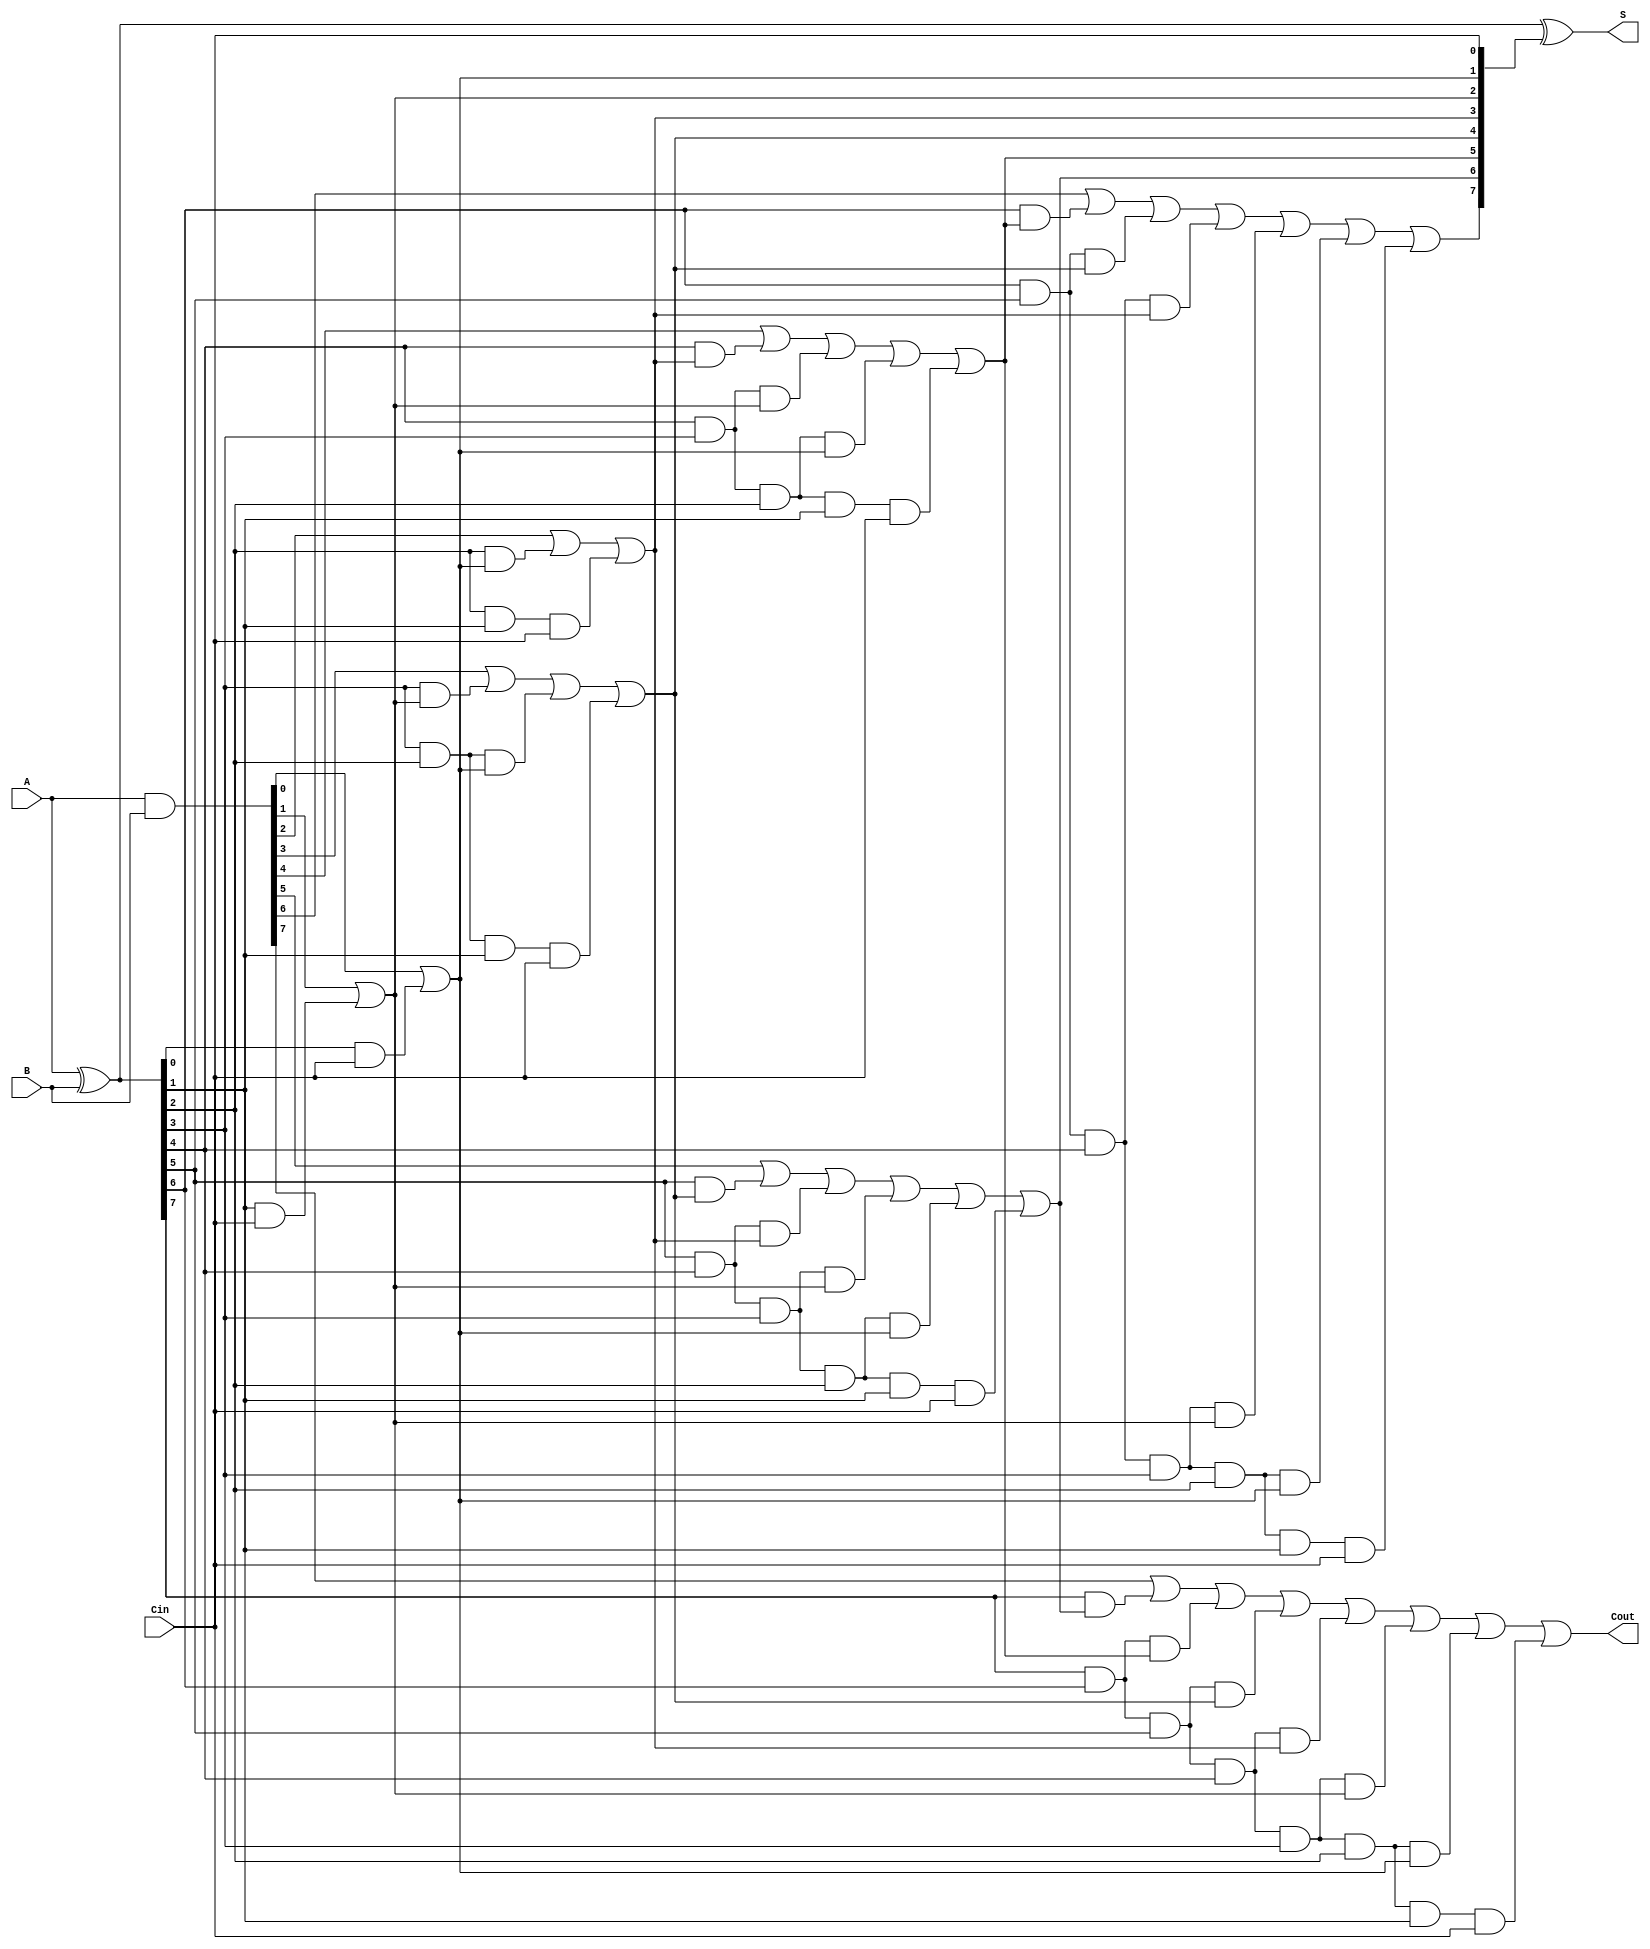
module BrentKungAdder #(parameter N = 8) (
    input [N-1:0] A,      // First n-bit input
    input [N-1:0] B,      // Second n-bit input
    input Cin,            // Carry input
    output [N-1:0] S,     // n-bit sum output
    output Cout           // Carry output
);

    // Generate and Propagate signals
    wire [N-1:0] G; // Generate signal
    wire [N-1:0] P; // Propagate signal
    assign G = A & B; // Generate
    assign P = A ^ B; // Propagate

    // Carry signals
    wire [N:0] C; // Carry bits (C[0] = Cin)

    // Stage 0
    assign C[0] = Cin;

    // Level 1
    assign C[1] = G[0] | (P[0] & C[0]);
    assign C[2] = G[1] | (P[1] & C[0]);
    assign C[3] = G[2] | (P[2] & C[1]) | (P[2] & P[1] & C[0]);
    assign C[4] = G[3] | (P[3] & C[2]) | (P[3] & P[2] & C[1]) | (P[3] & P[2] & P[1] & C[0]);
    assign C[5] = G[4] | (P[4] & C[3]) | (P[4] & P[3] & C[2]) | (P[4] & P[3] & P[2] & C[1]) | (P[4] & P[3] & P[2] & P[1] & C[0]);
    assign C[6] = G[5] | (P[5] & C[4]) | (P[5] & P[4] & C[3]) | (P[5] & P[4] & P[3] & C[2]) | (P[5] & P[4] & P[3] & P[2] & C[1]) | (P[5] & P[4] & P[3] & P[2] & P[1] & C[0]);
    assign C[7] = G[6] | (P[6] & C[5]) | (P[6] & P[5] & C[4]) | (P[6] & P[5] & P[4] & C[3]) | (P[6] & P[5] & P[4] & P[3] & C[2]) | (P[6] & P[5] & P[4] & P[3] & P[2] & C[1]) | (P[6] & P[5] & P[4] & P[3] & P[2] & P[1] & C[0]);
    assign C[8] = G[7] | (P[7] & C[6]) | (P[7] & P[6] & C[5]) | (P[7] & P[6] & P[5] & C[4]) | (P[7] & P[6] & P[5] & P[4] & C[3]) | (P[7] & P[6] & P[5] & P[4] & P[3] & C[2]) | (P[7] & P[6] & P[5] & P[4] & P[3] & P[2] & C[1]) | (P[7] & P[6] & P[5] & P[4] & P[3] & P[2] & P[1] & C[0]);

    // Sum Calculation
    assign S = P ^ C[N-1:0]; // S[i] = P[i] ^ C[i]

    // Final Carry out
    assign Cout = C[N]; // Carry out is the last carry bit

endmodule